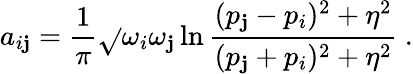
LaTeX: a_{i\mathbf{j}}=\frac{{1}}{{\pi}}\sqrt{}{{\omega_{i}\omega_{\mathbf{j}}}}\ln\frac{{(p_{\mathbf{j}}-p_{i})^{2}+\eta^{2}}}{{(p_{\mathbf{j}}+p_{i})^{2}+\eta^{2}}}~.